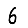
Digit: 6